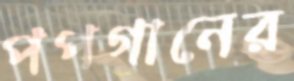
পপগানের